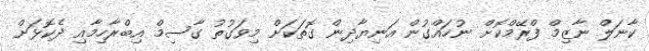
ކާނަލް ނާޒިމް ފްރޭމްކޮށް ނުހައްގުން އަނިޔާދިން ގޮތަކަށް މިވަގުތު ގާސިމް އިބްރާހިމާއި ދެކޮޅަށް